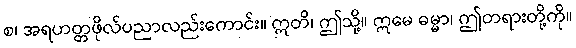
စ၊ အရဟတ္တဖိုလ်ပညာလည်းကောင်း။ ဣတိ၊ ဤသို့။ ဣမေ ဓမ္မာ၊ ဤတရားတို့ကို။